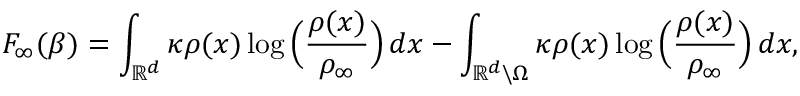
F _ { \infty } ( \beta ) = \int _ { \mathbb { R } ^ { d } } \kappa \rho ( x ) \log \Big ( \frac { \rho ( x ) } { \rho _ { \infty } } \Big ) \, d x - \int _ { \mathbb { R } ^ { d } \backslash \Omega } \kappa \rho ( x ) \log \Big ( \frac { \rho ( x ) } { \rho _ { \infty } } \Big ) \, d x ,